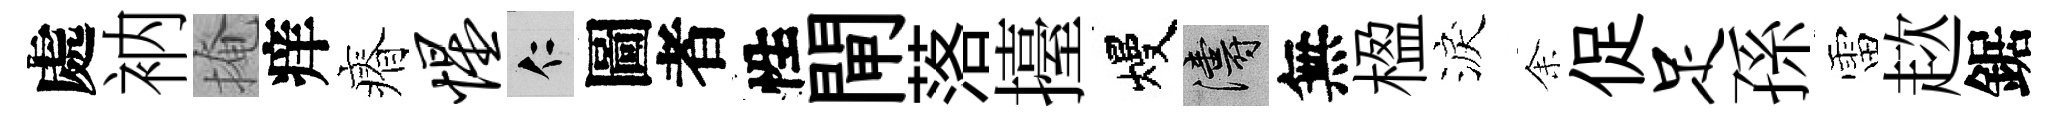
處衲掩痒瘠惺仁圖者性閘落擡熳濤無楹淚𪜬促足孫雷趑鋸